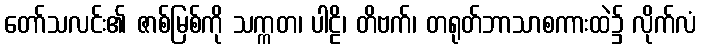
တော်သလင်း၏ ဇာစ်မြစ်ကို သက္ကတ၊ ပါဠိ၊ တိဗက်၊ တရုတ်ဘာသာစကားထဲ၌ လိုက်လံ